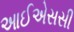
આઈએસસી